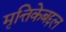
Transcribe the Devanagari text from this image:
मृत्तिकेबद्दल